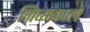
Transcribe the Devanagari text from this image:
ग्रिष्मकाल